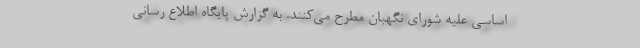
اساسی علیه شورای نگهبان مطرح می‌کنند. به گزارش پایگاه اطلاع رسانی